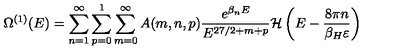
\Omega ^ { ( 1 ) } ( E ) = \sum _ { n = 1 } ^ { \infty } \sum _ { p = 0 } ^ { 1 } \sum _ { m = 0 } ^ { \infty } A ( m , n , p ) \frac { e ^ { \beta _ { n } E } } { E ^ { 2 7 / 2 + m + p } } { \cal H } \left( E - \frac { 8 \pi n } { \beta _ { H } \varepsilon } \right)